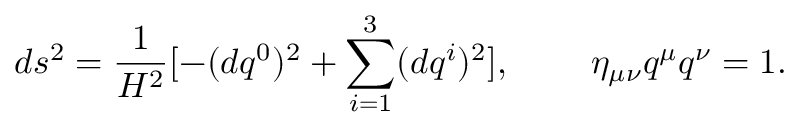
d s ^ { 2 } = \frac { 1 } { H ^ { 2 } } [ - ( d q ^ { 0 } ) ^ { 2 } + \sum _ { i = 1 } ^ { 3 } ( d q ^ { i } ) ^ { 2 } ] , \; \; \; \; \; \; \; \; \eta _ { \mu \nu } q ^ { \mu } q ^ { \nu } = 1 .